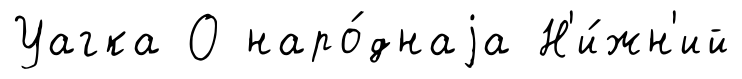
Уагка О наро́днаjа Н'и́жн'ий